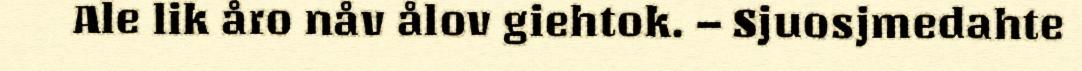
Ale lik åro nåv ålov giehtok. – Sjuosjmedahte